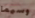
وسيما